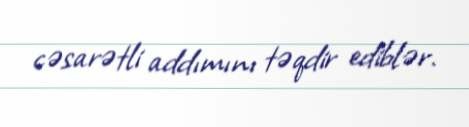
cəsarətli addımını təqdir ediblər.